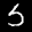
Label: 5